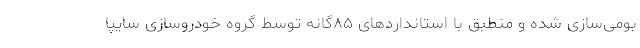
بومی‌سازی شده و منطبق با استانداردهای ۸۵گانه توسط گروه خودروسازی سایپا